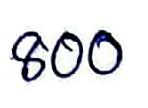
800